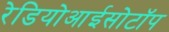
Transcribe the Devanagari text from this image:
रेडियोआईसोटॉप